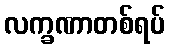
လက္ခဏာတစ်ရပ်